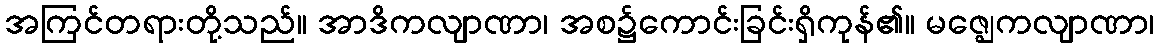
အကြင်တရားတို့သည်။ အာဒိကလျာဏာ၊ အစ၌ကောင်းခြင်းရှိကုန်၏။ မဇ္ဈေကလျာဏာ၊